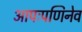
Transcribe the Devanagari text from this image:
आपःपणिनेव